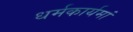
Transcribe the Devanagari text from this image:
धर्मकार्यमां